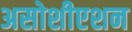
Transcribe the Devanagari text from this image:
असोशीएशन